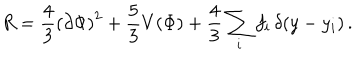
R = \frac { 4 } { 3 } \left( \partial \Phi \right) ^ { 2 } + \frac { 5 } { 3 } V \! \left( \Phi \right) + \frac { 4 } { 3 } \sum _ { i } f _ { i } \, \delta \! \left( y - y _ { i } \right) .